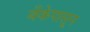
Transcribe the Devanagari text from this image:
बँकेपासून